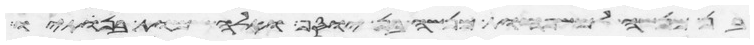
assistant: בן מנשה למשפחות מנשה בן יוסף ואלה שמות בנתיו